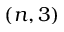
( n , 3 )